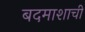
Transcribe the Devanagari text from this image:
बदमाशाची